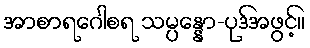
အာစာရဂေါစရ သမ္ပန္နော-ပုဒ်အဖွင့်။